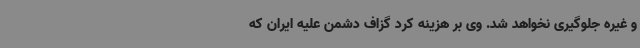
و غیره جلوگیری نخواهد شد. وی بر هزینه کرد گزاف دشمن علیه ایران که